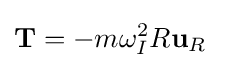
\mathbf {T} =-m\omega _{I}^{2}R\mathbf {u} _{R}\